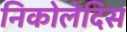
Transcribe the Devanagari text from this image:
निकोलेदिस